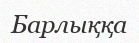
Барлыққа